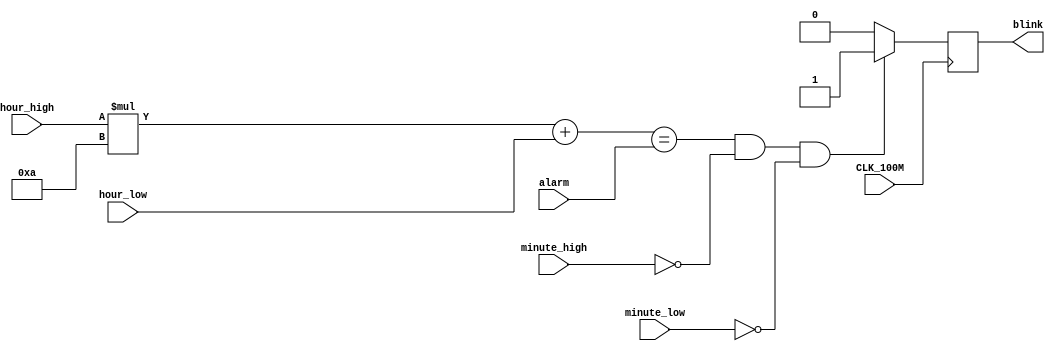
`timescale 1ns / 1ps
//////////////////////////////////////////////////////////////////////////////////
// Company: 
// Engineer: 
// 
// Design Name: 
// Module Name: LED_blink
// Project Name: 
// Target Devices: 
// Tool Versions: 
// Description: 
// 
// Dependencies: 
// 
// Revision:
// Revision 0.01 - File Created
// Additional Comments:
// 
//////////////////////////////////////////////////////////////////////////////////


module LED_blink(
    //
    input CLK_100M,
    //
    input [1:0] hour_high,
    input [3:0] hour_low,
    input [2:0] minute_high,
    input [3:0] minute_low,
    input [4:0] alarm,
    //led
    output reg blink
    );
   reg CLK_1;
   reg [10:0] count;
   parameter num_div=1_0000_0000;
   always@(posedge CLK_100M)
   if((hour_high*10+hour_low==alarm)&&minute_high==0&&minute_low==0)
   begin
      blink<=1;
   end
   else
   blink<=0;
endmodule